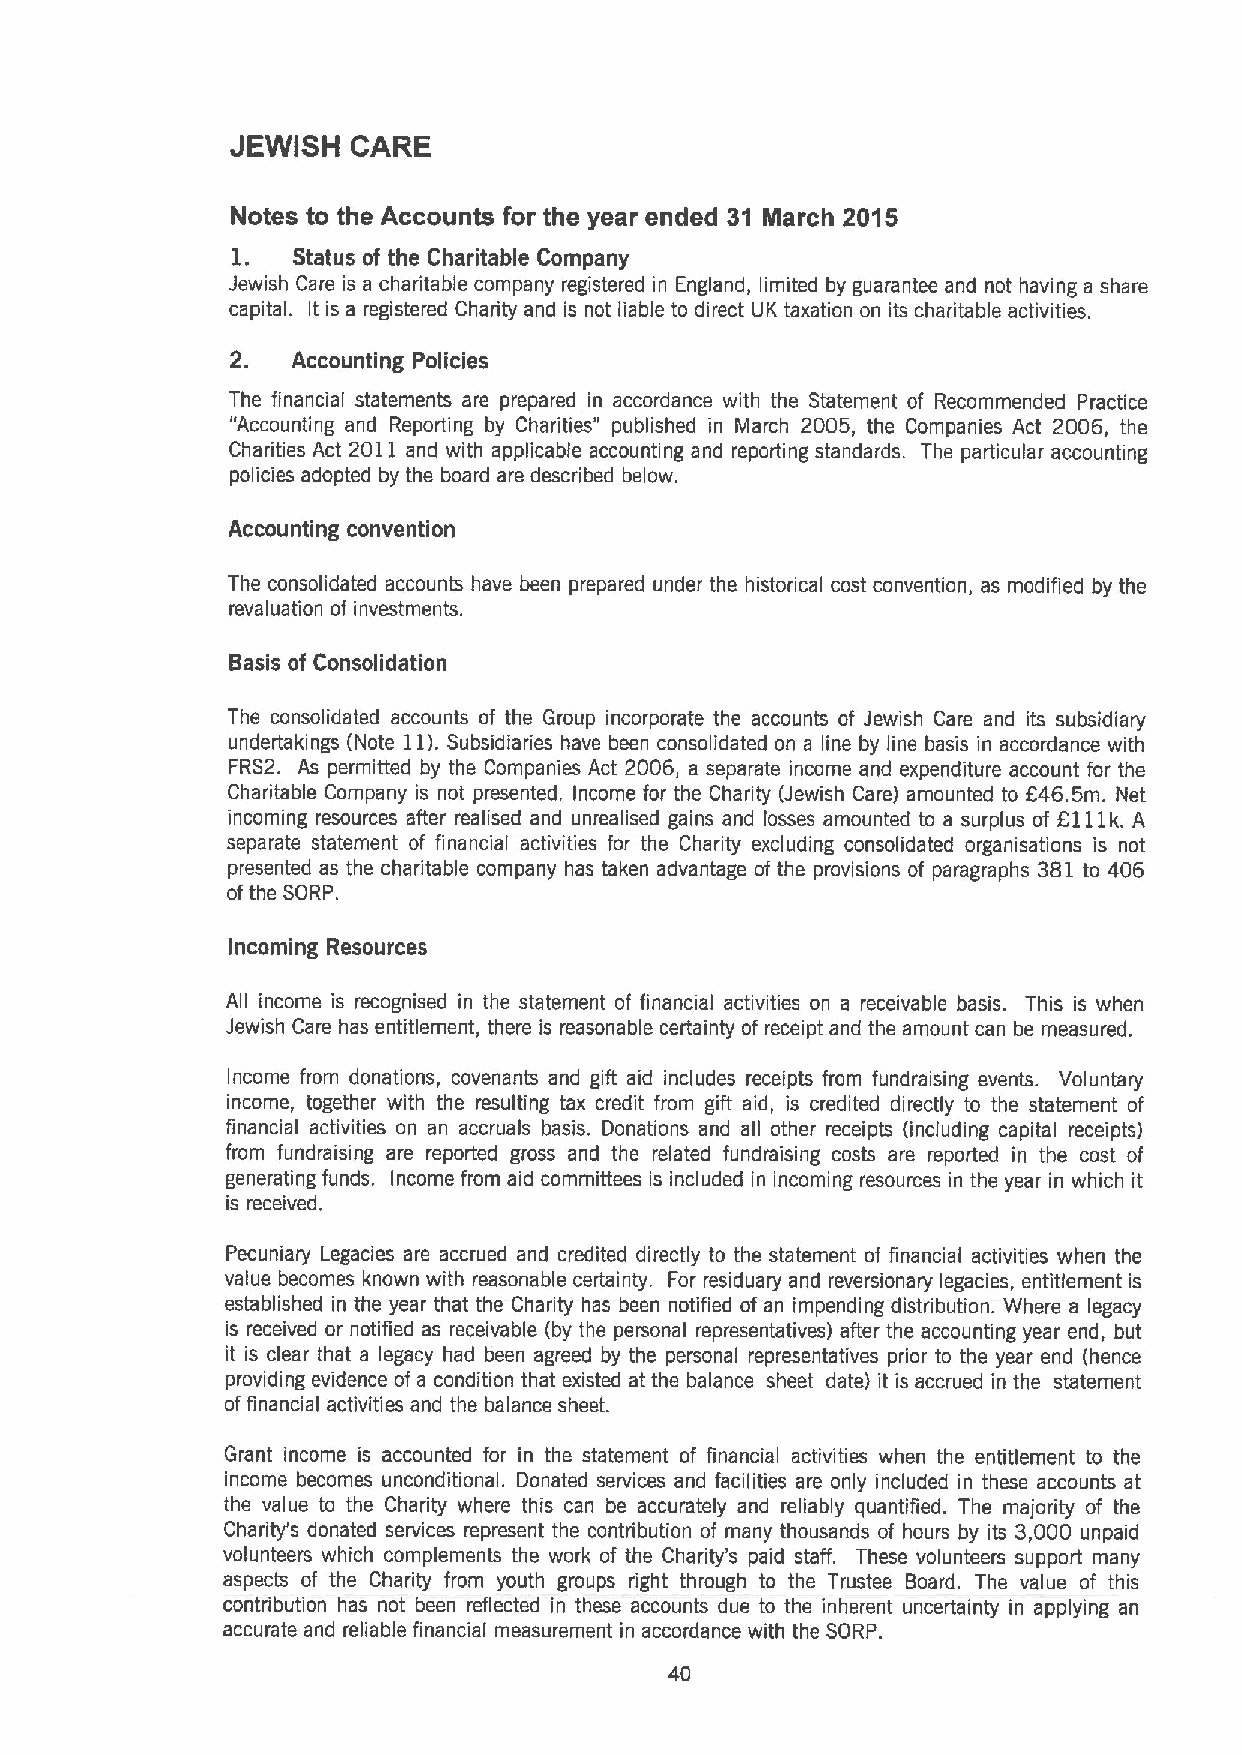
JEWISH  CARE
 Notes to the Accounts for the year ended 31 March 2015
 1.  Status of the Charitable Company
 Jewish Care is a charitable company registered in England, limited by guarantee and not having a share
 capital. It is a registered Chadity and is not liable to direct UK taxation on its charitable activities.
 2.  Accounting Policies
 The financial statements are prepared in accordance with the Statement of Recommended Practice
 "Accounting and Reporting by Charities" published in March 2005, the Companies Act 2006, the
 Charities Act 2011 and with applicable accounting and reporting standards. The particular accounting
 policies adopted by the board are described below.
 Accounting convention
 The consolidated accounts have been prepared under the historical cost convention, as modified by the
 revaluation of investments.
 Basis of Consolidation
 The consolidated accounts of the Group incorporate the accounts of Jewish Care and its subsidiary
 undertakings (Note 11).Subsidiaries have been consolidated on a line by line basis in accordance with
 FRS2. As permitted by the Companies Act 2006, a separate income and expenditure account for the
 Charitable Company is not presented. Income for the Charity (Jewish Care) amounted to 646.5m. Net
 incoming resources after realised and unrealised gains and losses amounted to a surplus of 6111k. A
 separate statement of financial activities for the Charity excluding consolidated organisations is not
 presented as the charitable company has taken advantage of the provisions of paragraphs 381 to 406
 ofthe SORP.
 Incoming Resources
 All income is recognised in the statement of financial activities on a receivable basis. This is when
 Jewish Care has entitlement, there is reasonable certainty of receipt and the amount can be measured.
 Income from donations, covenants and gift aid includes receipts from fundraising events. Voluntary
 income, together with the resulting tax credit from gift aid, is credited directly to the statement of
 financial activities on an accruals basis. Donations and all other receipts (including capital receipts)
 from fundraising are reported gross and the related fundraising costs are reported in the cost of
 generating funds. Income from aid committees is included in incoming resources in the year in which it
 is received.
 Pecuniary Legacies are accrued and credited directly to the statement of financial activities when the
 value becomes known with reasonable certainty. For residuary and reversionary legacies, entitlement is
 established in the year that the Charity has been notified of an impending distribution. Where a legacy
 is received or notified as receivable (by the personal representatives) after the accounting year end, but
 it is clear that a legacy had been agreed by the personal representatives prior to the year end (hence
 providing evidence of a condition that existed at the balance sheet date) it is accrued in the statement
 offinancial activities and the balance sheet.
 Grant income is accounted for in the statement of financial activities when the entitlement to the
 income becomes unconditional. Donated services and facilities are only included in these accounts at
 the value to the Chadity where this can be accurately and reliably quantified. The majority of the
 Charity's donated services represent the contribution of many thousands of hours by its 3,000 unpaid
 volunteers which complements the work of the Charity's paid staff. These volunteers support many
 aspects of the Charity from youth groups right through to the Trustee Board. The value of this
 contribution has not been reflected in these accounts due to the inherent uncertainty in applying an
 accurate and reliable financial measurement in accordance with the SORP.
 40